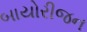
બાયોરીજન